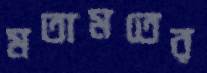
মতামতের